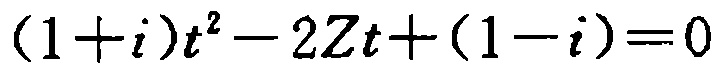
\((1 + i)t^{2}-2Zt+(1 - i)=0\)